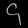
Digit: ၄